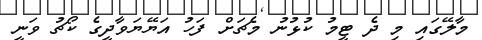
މާލޭގައި މި ދެ ޓީމު ކުޅުނު މެޗަށް ފަހު އަޔޭޔަވާދީގެ ކޯޗު ވަނީ